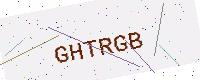
Text: GHTRGB